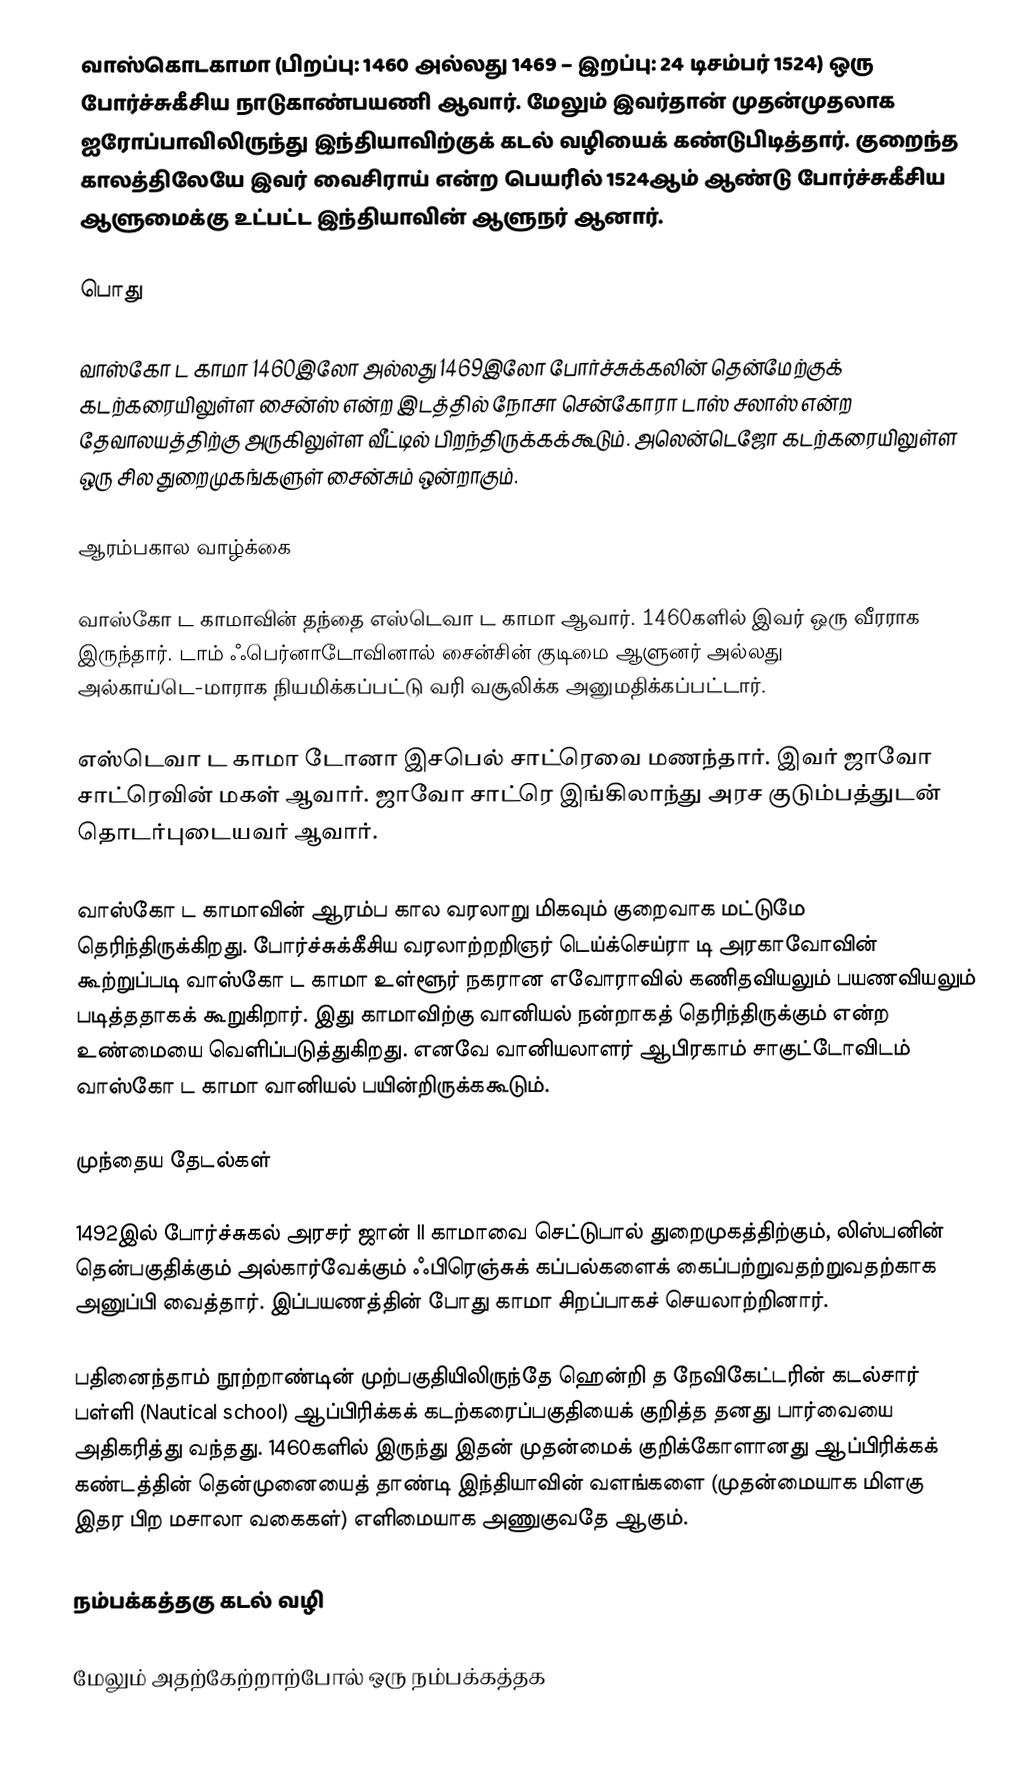
வாஸ்கொடகாமா (பிறப்பு: 1460 அல்லது 1469 – இறப்பு: 24 டிசம்பர் 1524) ஒரு போர்ச்சுகீசிய நாடுகாண்பயணி ஆவார். மேலும் இவர்தான் முதன்முதலாக ஐரோப்பாவிலிருந்து இந்தியாவிற்குக் கடல் வழியைக் கண்டுபிடித்தார். குறைந்த காலத்திலேயே இவர் வைசிராய் என்ற பெயரில் 1524ஆம் ஆண்டு போர்ச்சுகீசிய ஆளுமைக்கு உட்பட்ட இந்தியாவின் ஆளுநர் ஆனார்.

பொது

வாஸ்கோ ட காமா 1460இலோ அல்லது 1469இலோ போர்ச்சுக்கலின் தென்மேற்குக் கடற்கரையிலுள்ள சைன்ஸ் என்ற இடத்தில் நோசா சென்கோரா டாஸ் சலாஸ் என்ற தேவாலயத்திற்கு அருகிலுள்ள வீட்டில் பிறந்திருக்கக்கூடும். அலென்டெஜோ கடற்கரையிலுள்ள ஒரு சில துறைமுகங்களுள் சைன்சும் ஒன்றாகும்.

ஆரம்பகால வாழ்க்கை

வாஸ்கோ ட காமாவின் தந்தை எஸ்டெவா ட காமா ஆவார். 1460களில் இவர் ஒரு வீரராக இருந்தார். டாம் ஃபெர்னாடோவினால் சைன்சின் குடிமை ஆளுனர் அல்லது அல்காய்டெ-மாராக நியமிக்கப்பட்டு வரி வசூலிக்க அனுமதிக்கப்பட்டார்.

எஸ்டெவா ட காமா டோனா இசபெல் சாட்ரெவை மணந்தார். இவர் ஜாவோ சாட்ரெவின் மகள் ஆவார். ஜாவோ சாட்ரெ இங்கிலாந்து அரச குடும்பத்துடன் தொடர்புடையவர் ஆவார்.

வாஸ்கோ ட காமாவின் ஆரம்ப கால வரலாறு மிகவும் குறைவாக மட்டுமே தெரிந்திருக்கிறது. போர்ச்சுக்கீசிய வரலாற்றறிஞர் டெய்க்செய்ரா டி அரகாவோவின் கூற்றுப்படி வாஸ்கோ ட காமா உள்ளூர் நகரான எவோராவில் கணிதவியலும் பயணவியலும் படித்ததாகக் கூறுகிறார். இது காமாவிற்கு வானியல் நன்றாகத் தெரிந்திருக்கும் என்ற உண்மையை வெளிப்படுத்துகிறது. எனவே வானியலாளர் ஆபிரகாம் சாகுட்டோவிடம் வாஸ்கோ ட காமா வானியல் பயின்றிருக்ககூடும்.

முந்தைய தேடல்கள்

1492இல் போர்ச்சுகல் அரசர் ஜான் II காமாவை செட்டுபால் துறைமுகத்திற்கும், லிஸ்பனின் தென்பகுதிக்கும் அல்கார்வேக்கும் ஃபிரெஞ்சுக் கப்பல்களைக் கைப்பற்றுவதற்றுவதற்காக அனுப்பி வைத்தார். இப்பயணத்தின் போது காமா சிறப்பாகச் செயலாற்றினார்.

பதினைந்தாம் நூற்றாண்டின் முற்பகுதியிலிருந்தே ஹென்றி த நேவிகேட்டரின் கடல்சார் பள்ளி (Nautical school) ஆப்பிரிக்கக் கடற்கரைப்பகுதியைக் குறித்த தனது பார்வையை அதிகரித்து வந்தது. 1460களில் இருந்து இதன் முதன்மைக் குறிக்கோளானது ஆப்பிரிக்கக் கண்டத்தின் தென்முனையைத் தாண்டி இந்தியாவின் வளங்களை (முதன்மையாக மிளகு இதர பிற மசாலா வகைகள்) எளிமையாக அணுகுவதே ஆகும்.

நம்பக்கத்தகு கடல் வழி

மேலும் அதற்கேற்றாற்போல் ஒரு நம்பக்கத்தக